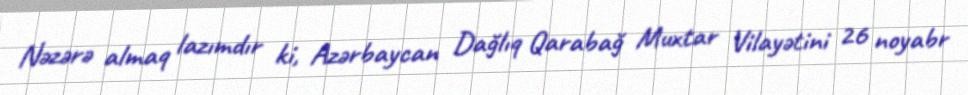
Nəzərə almaq lazımdır ki, Azərbaycan Dağlıq Qarabağ Muxtar Vilayətini 26 noyabr